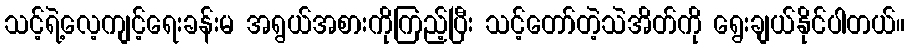
သင့်ရဲ့လေ့ကျင့်ရေးခန်းမ အရွယ်အစားကိုကြည့်ပြီး သင့်တော်တဲ့သဲအိတ်ကို ရွေးချယ်နိုင်ပါတယ်။